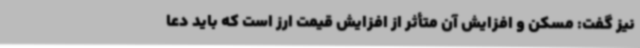
نیز گفت: مسکن و افزایش آن متأثر از افزایش قیمت ارز است که باید دعا